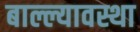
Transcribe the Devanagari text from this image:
बाल्ल्यावस्था